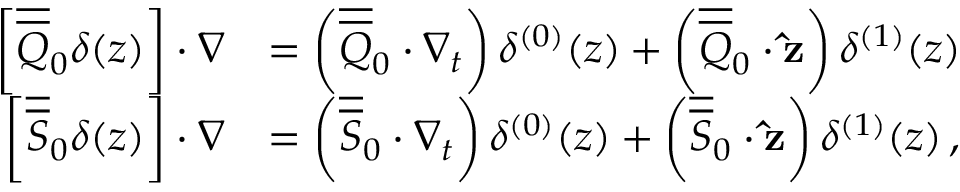
\begin{array} { r l } { \left[ \overline { { \overline { { Q } } } } _ { 0 } \delta ( z ) \right] \cdot \nabla } & { = \left( \overline { { \overline { { Q } } } } _ { 0 } \cdot \nabla _ { t } \right) \delta ^ { ( 0 ) } ( z ) + \left( \overline { { \overline { { Q } } } } _ { 0 } \cdot \mathbf { \hat { z } } \right) \delta ^ { ( 1 ) } ( z ) } \\ { \left[ \overline { { \overline { { S } } } } _ { 0 } \delta ( z ) \right] \cdot \nabla } & { = \left( \overline { { \overline { { S } } } } _ { 0 } \cdot \nabla _ { t } \right) \delta ^ { ( 0 ) } ( z ) + \left( \overline { { \overline { { S } } } } _ { 0 } \cdot \mathbf { \hat { z } } \right) \delta ^ { ( 1 ) } ( z ) \, , } \end{array}